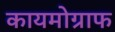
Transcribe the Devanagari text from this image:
कायमोग्राफ